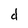
Character: d